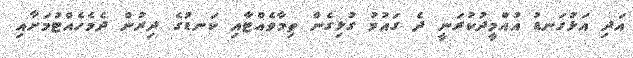
އަދި އަޅުގަނޑު އުއްމީދުކުރަނީ ދެ ގައުމު ގުޅިގެން ތިމާވެއްޓާއި ކަނޑުގެ ދިރުން ދެމެހެއްޓުމަށާއި